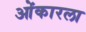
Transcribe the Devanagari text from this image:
ओंकारला